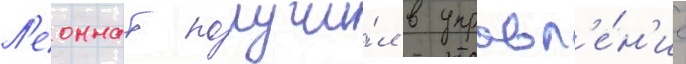
Л'еоннат получи́л в управл'е́н'ие